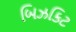
બિઝકિટ